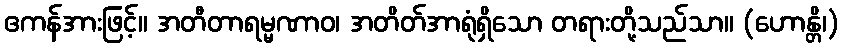
ဧကန်အားဖြင့်။ အတီတာရမ္မဏာဝ၊ အတိတ်အာရုံရှိသော တရားတို့သည်သာ။ (ဟောန္တိ၊)